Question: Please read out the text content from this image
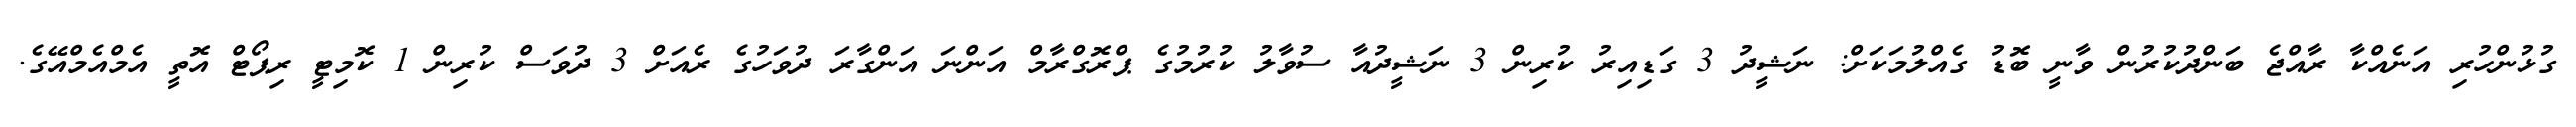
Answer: ގުޅުންހުރި އަނެއްކާ ރާއްޖެ ބަންދުކުރުން ވާނީ ބޮޑު ގެއްލުމަކަށް: ނަޝީދު 3 ގަޑިއިރު ކުރިން 3 ނަޝީދުއާ ސުވާލު ކުރުމުގެ ޕްރޮގްރާމް އަންނަ އަންގާރަ ދުވަހުގެ ރެއަށް 3 ދުވަސް ކުރިން 1 ކޮމިޓީ ރިޕޯޓް އޮތީ އެމްއެމްއޭގެ.